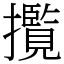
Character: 𭣄